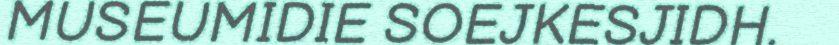
MUSEUMIDIE SOEJKESJIDH.